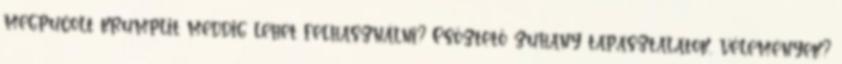
megpucolt krumplit meddig lehet felhasználni? Esőztető zuhany tapasztalatok, vélemények?